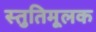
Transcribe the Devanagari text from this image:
स्तुतिमूलक